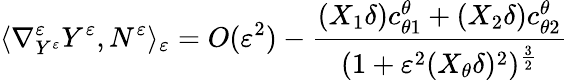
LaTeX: \langle\nabla_{Y^{\varepsilon}}^{\varepsilon}Y^{\varepsilon},N^{\varepsilon}\rangle_{\varepsilon}=O(\varepsilon^{2})-\frac{(X_{1}\delta)c_{\theta 1}^{\theta}+(X_{2}\delta)c_{\theta 2}^{\theta}}{(1+\varepsilon^{2}(X_{\theta}\delta)^{2})^{\frac{3}{2}}}